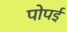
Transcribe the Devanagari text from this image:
पोपई